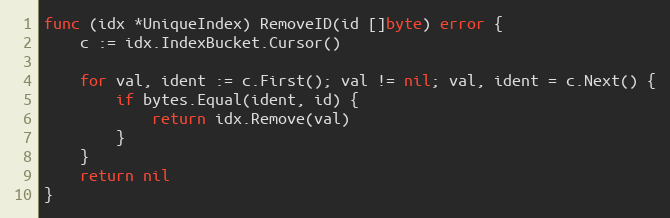
Language: Go
func (idx *UniqueIndex) RemoveID(id []byte) error {
	c := idx.IndexBucket.Cursor()

	for val, ident := c.First(); val != nil; val, ident = c.Next() {
		if bytes.Equal(ident, id) {
			return idx.Remove(val)
		}
	}
	return nil
}